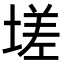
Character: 𡏦